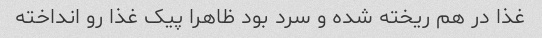
غذا در هم ریخته شده و سرد بود ظاهرا پیک غذا رو انداخته